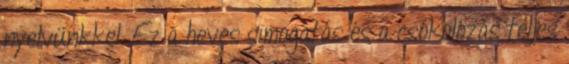
nyelvünkkel. Ez a heves simogatás és a csókolózás teljes